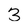
Character: 3